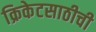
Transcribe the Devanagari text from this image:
क्रिकेटसाठीची